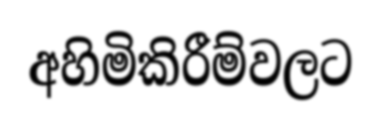
අහිමිකිරීම්වලට